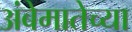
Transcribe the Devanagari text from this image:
अंबेमातेच्या